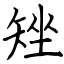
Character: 矬